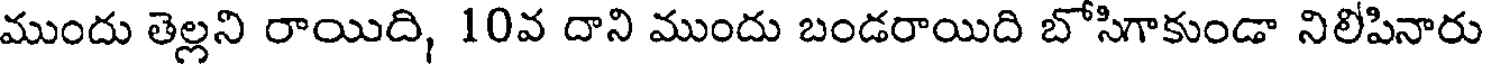
ముందు తెల్లని రాయిది, 10వ దాని ముందు బండరాయిది బోసిగాకుండా నిలిపినారు